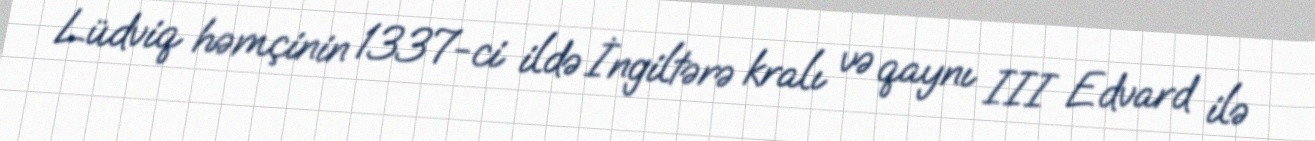
Lüdviq həmçinin 1337-ci ildə İngiltərə kralı və qaynı III Edvard ilə